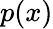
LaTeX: p(x)